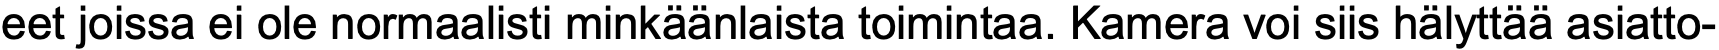
eet joissa ei ole normaalisti minkäänlaista toimintaa. Kamera voi siis hälyttää asiatto-